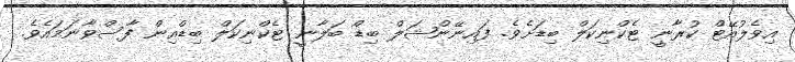
އިވެލުއޭޓް ކުރާނީ ޓެކްނިކަލް ބިޑަށެވެ. ފައިނޭންޝަލް ބިޑް ބަލާނީ ޓެކްނިކަލް ބިޑްއިން ފާސްވާނަމައެވެ.